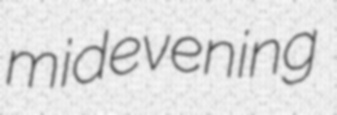
midevening